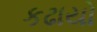
કઢાયો